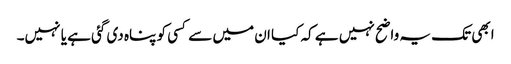
ابھی تک یہ واضح نہیں ہے کہ کیا ان میں سے کسی کو پناہ دی گئی ہے یا نہیں۔